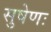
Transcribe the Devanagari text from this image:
सुषेणः